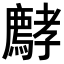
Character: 𡦵